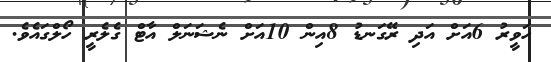
ހަވީރު 6އަށް އަދި ރޭގަނޑު 8އިން 10އަށް ނެޝަނަލް އާޓް ގެލެރީ ހޯލްގައެވެ.